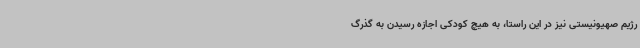
رژیم صهیونیستی نیز در این راستا، به هیچ کودکی اجازه رسیدن به گذرگ